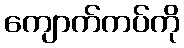
ကျောက်ကပ်ကို